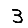
Digit: 3